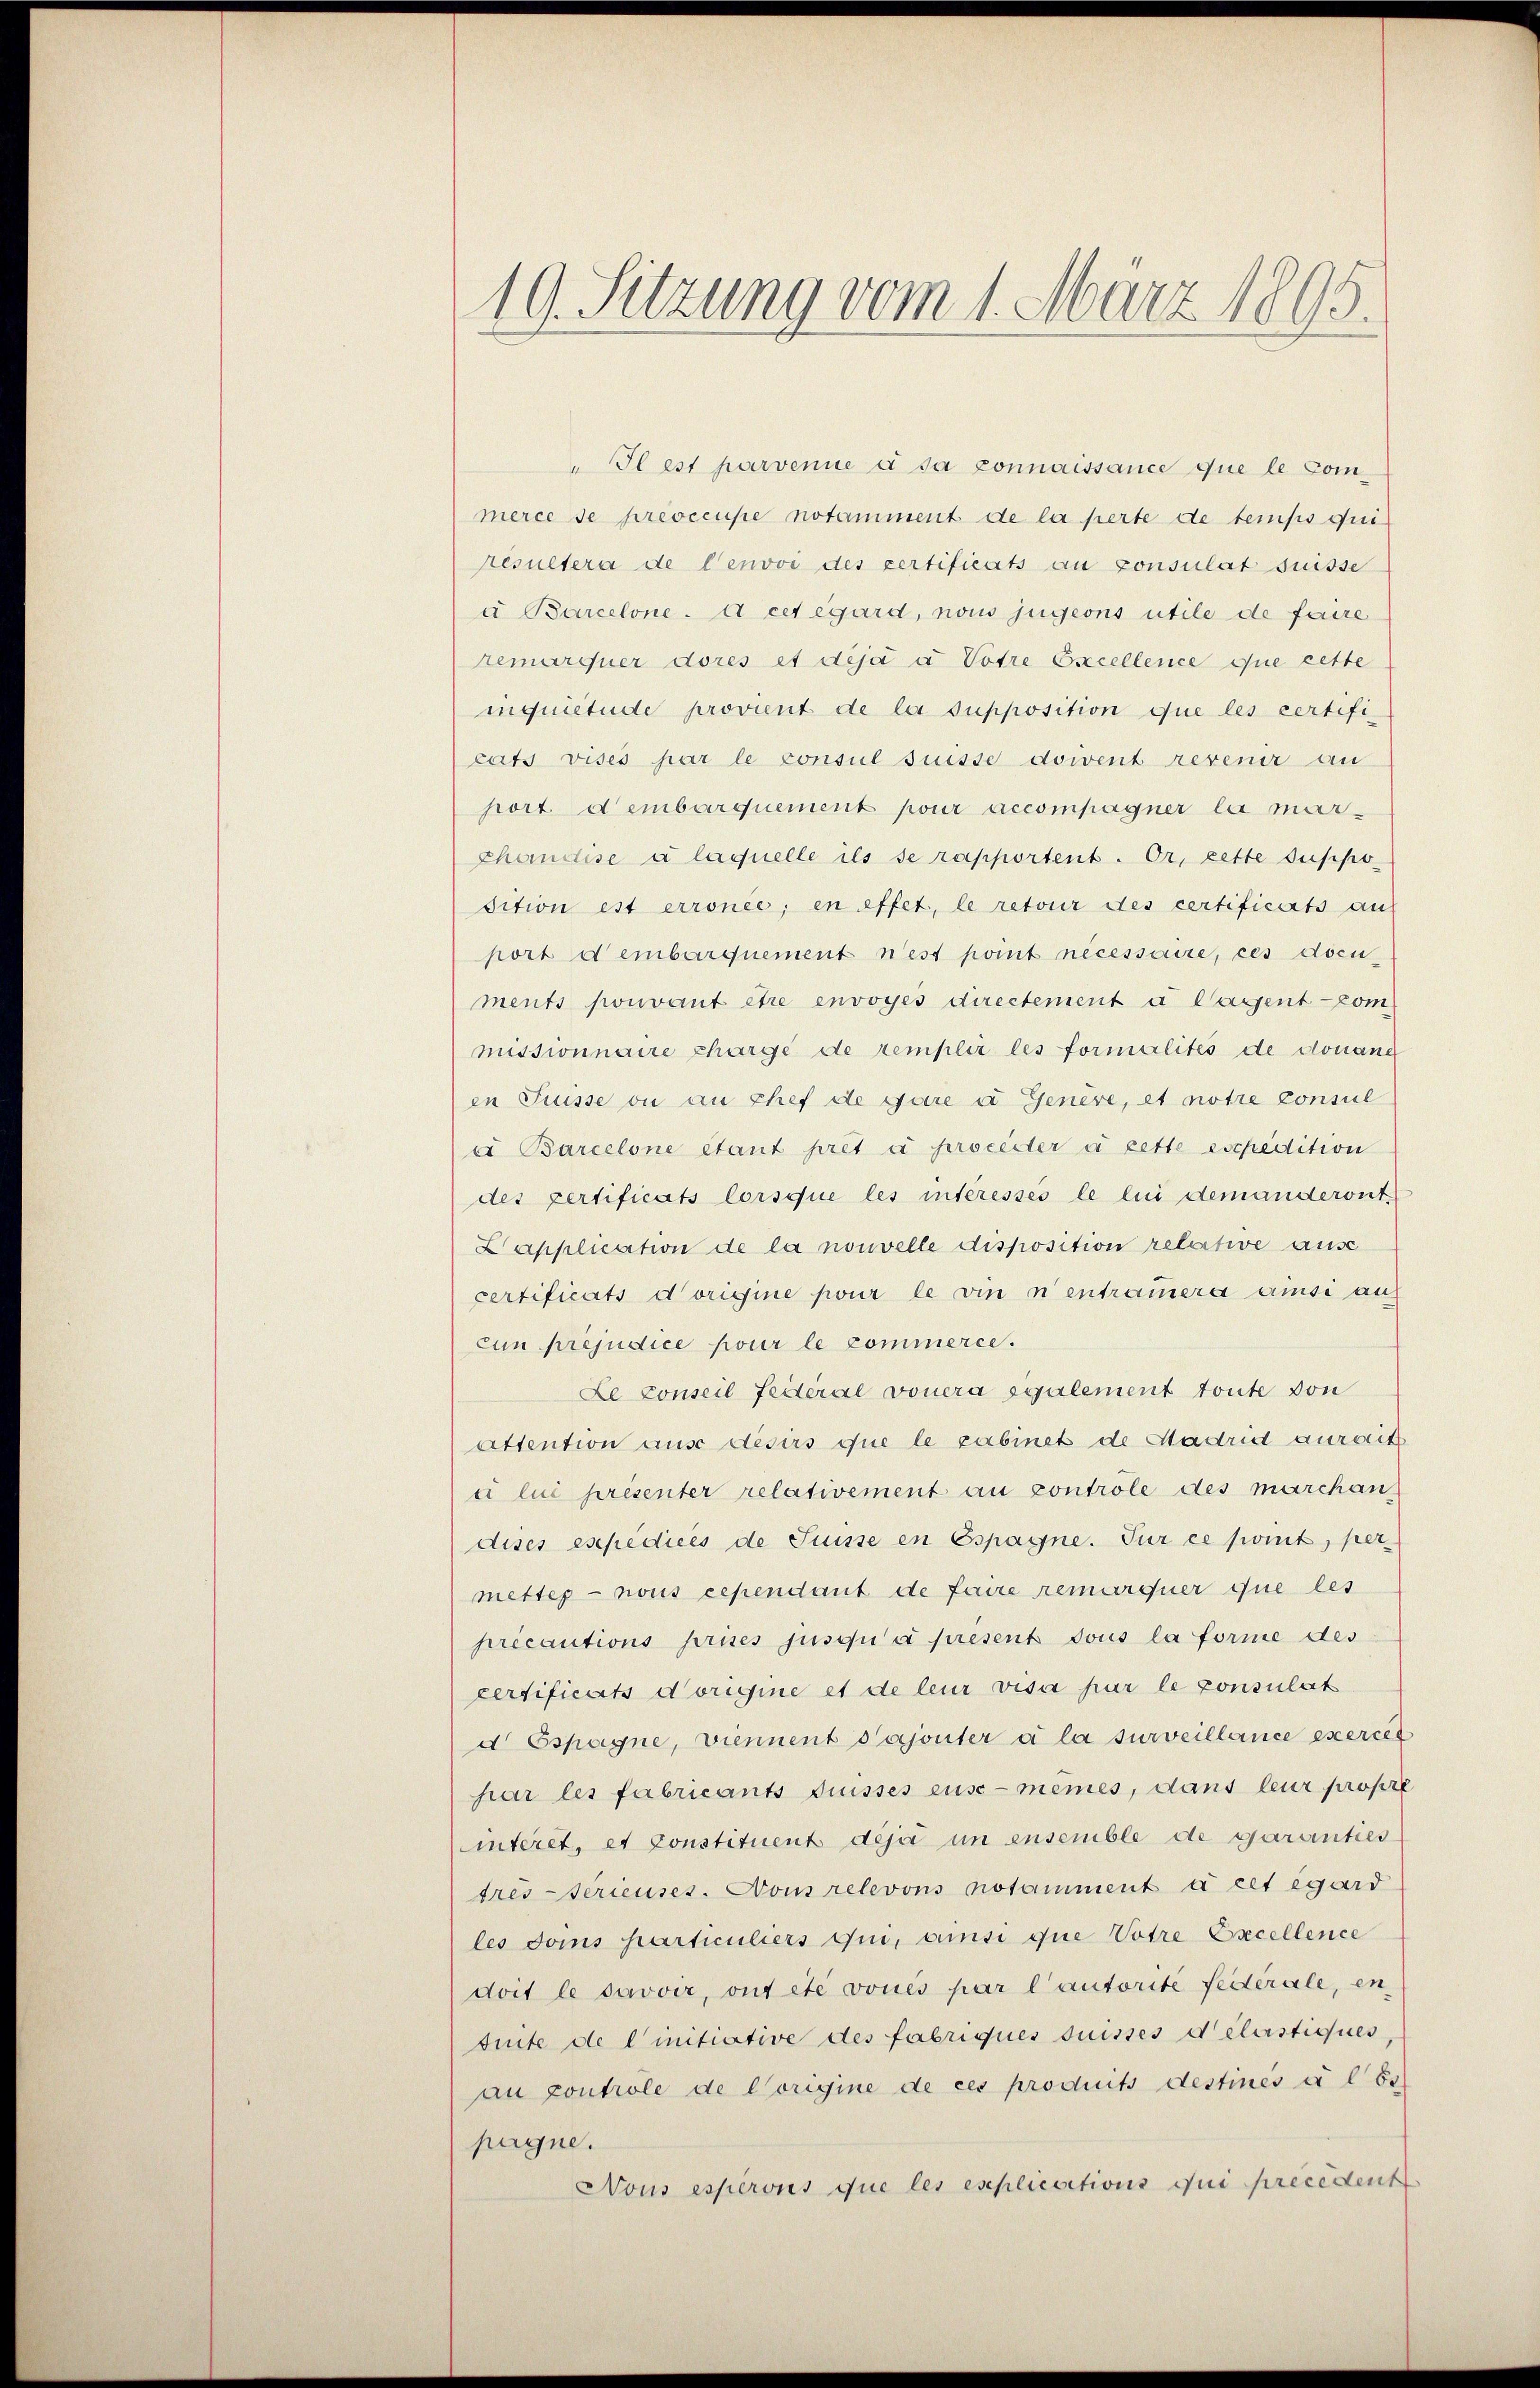
19. Sitzung vom 1. März 1895.

"Il est parvenue à sa connaissance que le Commerce se preoccupe notamment de la perte de temps qui
résultera de l’envoi des zertificats au consulat suisse
u Barcelone. A cet égard, nous jugeons utile de faire
remarquer dores et déjà à Votre Excellence que cette
inquietude provient de la supposition que les certifi
cats visés par le consul suisse doivent revenir au
port dembarquement pour accompagner la marchändise à laquelle ils se rapportent. Or, cette suppo-
sition est erronée; en effet, le retour des certificarts an
port dembarquement n’est point nécessaire, ces docu
ments pouvant être envoyés directement a lagent-Pom
missionnaire charge de remplir les formalités de donang
en Suisse ou au chef de gare u Genere, et notre consul
a Barcelone Stant pret à proceder à cette esepedition
des Fertificats lorsque les interessés le lui demanderont
Lapplication de la nouvelle disposition relative ause
certificats dorigine pour le vin nentramera ansi auf
cun préjudice pour le commerce.
Le conseil feiteral vouera seulement toute von
attention aus desirs que le cabinet de Madrid ausweit
a lui présenter relativement au contrôle des marchan
dises expedices de Suisse in Espagne. Sur ce somit, per
mettes- nous cependant de faire remarquer que les
précautions prises jusqu’à present tous la forme des
certificats Vorigine et de leur visa par le consulat
d Espagne, viennent ajouter a la surveillance exerces
par les fabricants puisses eusc-mêmes, dans leur propre
interet, et Constituent déjà in ensemble de Garanties
tresserieuses. Vom relevons notamment à cet égard
les domus particuliers qui, ainsi que Votre Excellence
doit le savoir, ont etc vones par l’autorité fédérale, en
suite de linitiative des fabriqués suisses delastiques,
an controle de Vorigine de ces produits destinés à l. Es
pagne.
Nous esperons que les explications qui precedent